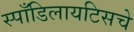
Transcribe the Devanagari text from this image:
स्पाँडिलायटिसचे